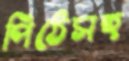
পিঠেসহ